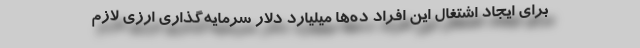
برای ایجاد اشتغال این افراد ده‌ها میلیارد دلار سرمایه‌گذاری ارزی لازم